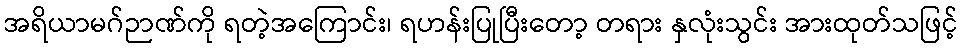
အရိယာမဂ်ဉာဏ်ကို ရတဲ့အကြောင်း၊ ရဟန်းပြုပြီးတော့ တရား နှလုံးသွင်း အားထုတ်သဖြင့်